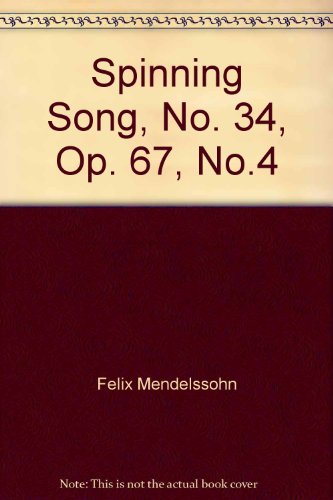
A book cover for Spinning Song, No. 34, Op. 67, No.4; Felix Mendelssohn; Crafts, Hobbies & Home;